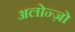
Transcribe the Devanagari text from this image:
अलोन्ज़ो